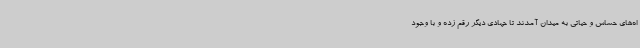
اه‌های حساس و حیاتی به میدان آمدند تا جهادی دیگر رقم زده و با وجود